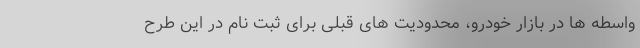
واسطه ها در بازار خودرو، محدودیت های قبلی برای ثبت نام در این طرح